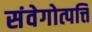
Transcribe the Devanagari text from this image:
संवेगोत्पत्ति